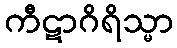
ကီဋာဂိရိသ္မာ